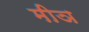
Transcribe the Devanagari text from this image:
मीञ